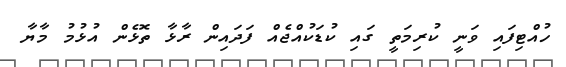
ހުއްޓިފައި ވަނީ ކުރިމަތީ ގައި ކުޑަކުއްޖެއް ފަދައިން ރާޅާ ތޮޅެން އުޅުމު މާޔާ